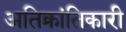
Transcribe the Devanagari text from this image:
अतिक्रांतिकारी